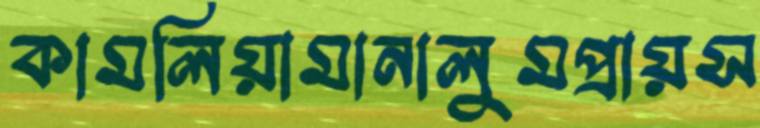
কামলিয়ামানালুমপ্রায়স